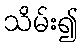
သိမ်း၍